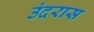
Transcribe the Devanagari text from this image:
उंदरास